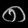
Digit: ၈